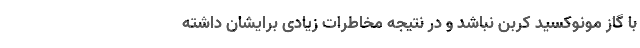
با گاز مونوکسید کربن نباشد و در نتیجه مخاطرات زیادی برایشان داشته